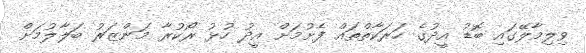
ވިލިމާލޭގައި ބޮޑު އީދުގެ ހަރަކާތްތައް ފެށުމަށް އީދު ހުޅު ރޯކުރާ މަންޒަރު ބަލާލުމަށް